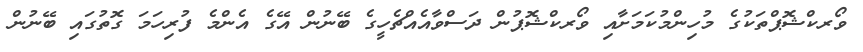
ވޯރކްޝޮޕްތަކުގެ މުހިންމުކަމަށާއި ވޯރކްޝޮޕުން ދަސްވާއެއްޗެހީގެ ބޭނުން އޭގެ އެންމެ ފުރިހަމަ ގޮތުގައި ބޭނުން